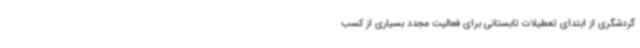
گردشگری از ابتدای تعطیلات تابستانی برای فعالیت مجدد بسیاری از کسب